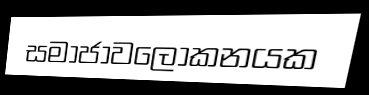
සමාජාවලෝකනයක